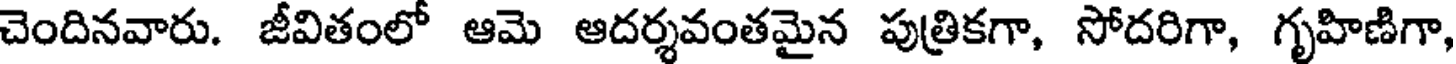
చెందినవారు. జీవితంలో ఆమె ఆదర్శవంతమైన పుత్రికగా, సోదరిగా, గృహిణిగా,